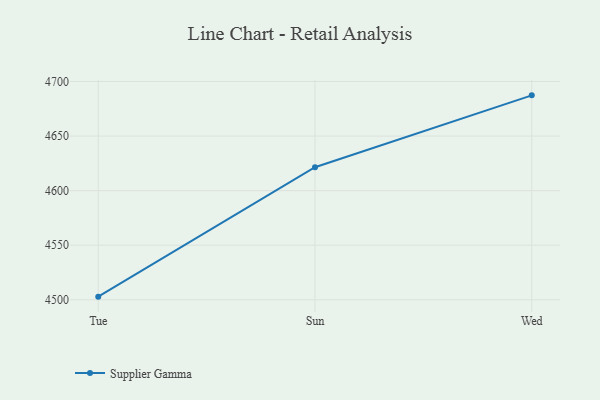
{"axis": {"x": "Day", "y": "Shipments"}, "legend": ["Supplier Gamma"], "data": [{"x": "Tue", "y": 4502.9, "type": "Supplier Gamma"}, {"x": "Sun", "y": 4621.5, "type": "Supplier Gamma"}, {"x": "Wed", "y": 4687.3, "type": "Supplier Gamma"}]}